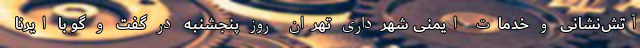
آتش‌نشانی و خدمات ایمنی شهرداری تهران روز پنجشنبه در گفت و گو با ایرنا